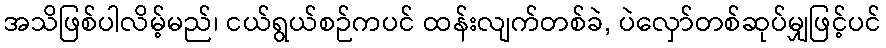
အသိဖြစ်ပါလိမ့်မည်၊ ငယ်ရွယ်စဉ်ကပင် ထန်းလျက်တစ်ခဲ, ပဲလှော်တစ်ဆုပ်မျှဖြင့်ပင်